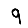
Digit: 9